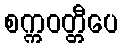
စက္ကဝတ္တီပေ